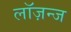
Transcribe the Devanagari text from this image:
लॉज़न्ज